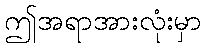
ဤအရာအားလုံးမှာ